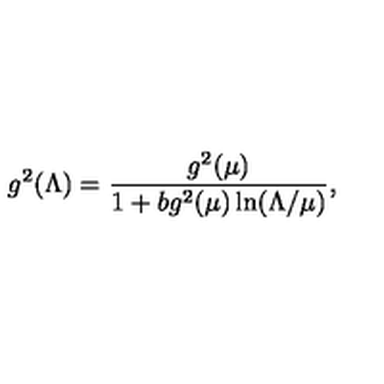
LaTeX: g ^ { 2 } ( \Lambda ) = \frac { g ^ { 2 } ( \mu ) } { 1 + b g ^ { 2 } ( \mu ) \ln ( \Lambda / \mu ) } ,